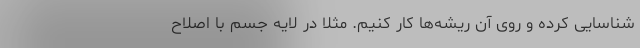
شناسایی کرده و روی آن ریشه‌ها کار کنیم. مثلا در لایه جسم با اصلاح